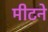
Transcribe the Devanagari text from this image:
मीटने